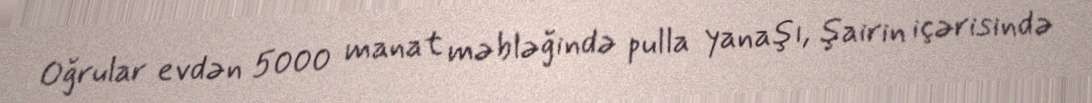
Oğrular evdən 5000 manat məbləğində pulla yanaşı, şairin içərisində